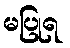
မပြုရ